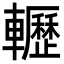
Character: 轣